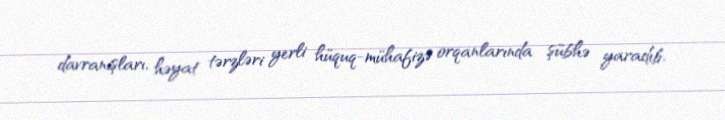
davranışları, həyat tərzləri yerli hüquq-mühafizə orqanlarında şübhə yaradıb.